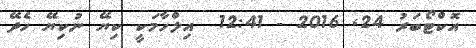
އޮކްޓޯބަރު 24